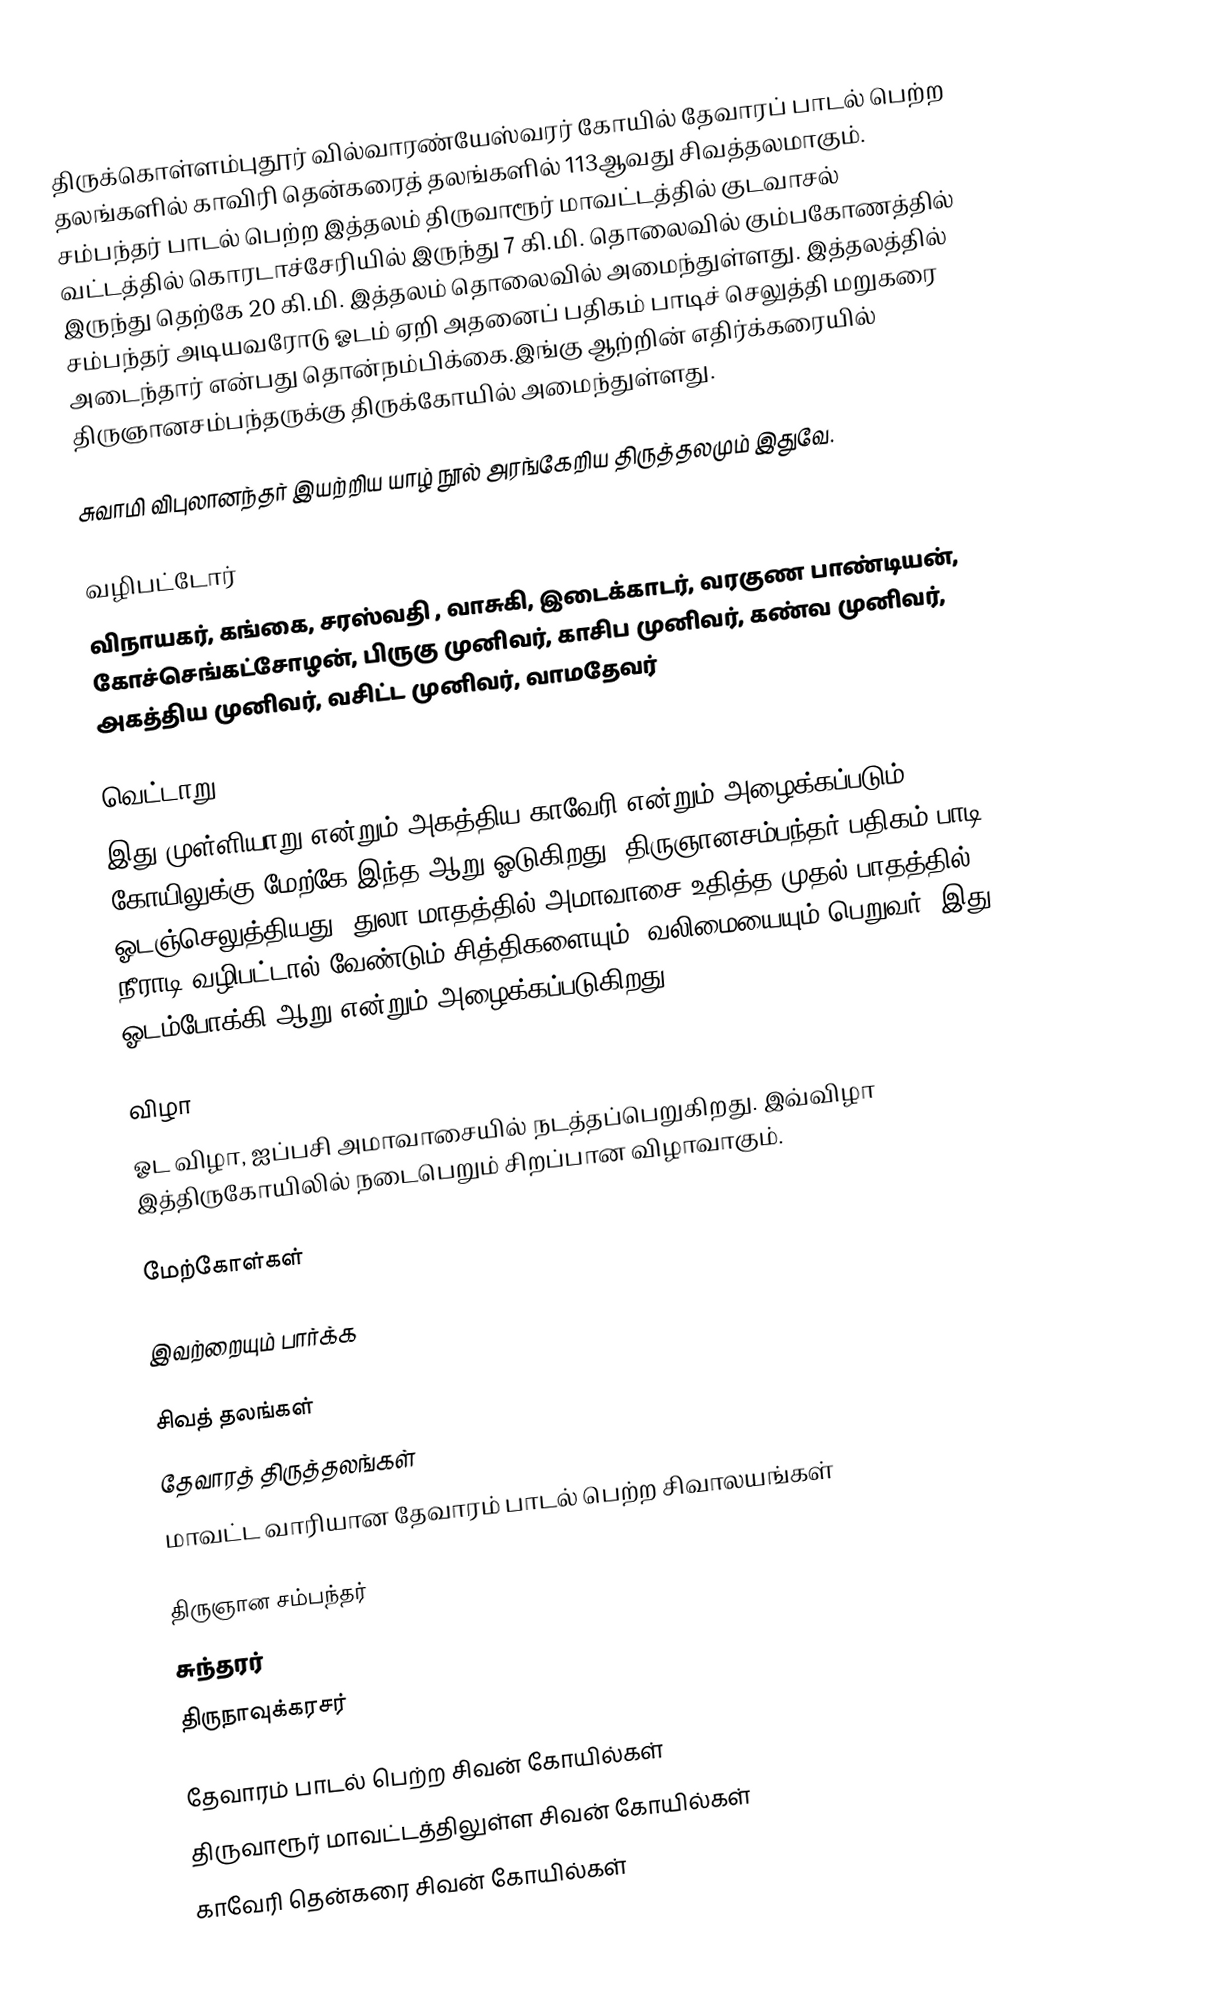
திருக்கொள்ளம்புதூர் வில்வாரண்யேஸ்வரர் கோயில் தேவாரப் பாடல் பெற்ற தலங்களில் காவிரி தென்கரைத் தலங்களில் 113ஆவது சிவத்தலமாகும். சம்பந்தர் பாடல் பெற்ற இத்தலம் திருவாரூர் மாவட்டத்தில் குடவாசல் வட்டத்தில் கொரடாச்சேரியில் இருந்து 7 கி.மி. தொலைவில் கும்பகோணத்தில் இருந்து தெற்கே 20 கி.மி. இத்தலம் தொலைவில் அமைந்துள்ளது. இத்தலத்தில் சம்பந்தர் அடியவரோடு ஓடம் ஏறி அதனைப் பதிகம் பாடிச் செலுத்தி மறுகரை அடைந்தார் என்பது தொன்நம்பிக்கை.இங்கு ஆற்றின் எதிர்க்கரையில் திருஞானசம்பந்தருக்கு திருக்கோயில் அமைந்துள்ளது.

சுவாமி விபுலானந்தர் இயற்றிய யாழ் நூல் அரங்கேறிய திருத்தலமும் இதுவே.

வழிபட்டோர்
விநாயகர், கங்கை, சரஸ்வதி , வாசுகி, இடைக்காடர், வரகுண பாண்டியன், கோச்செங்கட்சோழன், பிருகு முனிவர், காசிப முனிவர், கண்வ முனிவர், அகத்திய முனிவர், வசிட்ட முனிவர், வாமதேவர்

வெட்டாறு
இது முள்ளியாறு என்றும் அகத்திய காவேரி என்றும் அழைக்கப்படும். கோயிலுக்கு மேற்கே இந்த ஆறு ஓடுகிறது. திருஞானசம்பந்தர் பதிகம் பாடி ஓடஞ்செலுத்தியது. துலா மாதத்தில் அமாவாசை உதித்த முதல் பாதத்தில் நீராடி வழிபட்டால் வேண்டும் சித்திகளையும், வலிமையையும் பெறுவர். இது ஓடம்போக்கி ஆறு என்றும் அழைக்கப்படுகிறது.

விழா
ஓட விழா, ஐப்பசி அமாவாசையில் நடத்தப்பெறுகிறது. இவ்விழா இத்திருகோயிலில் நடைபெறும் சிறப்பான விழாவாகும்.

மேற்கோள்கள்

இவற்றையும் பார்க்க

 சிவத் தலங்கள்
 தேவாரத் திருத்தலங்கள்
 மாவட்ட வாரியான தேவாரம் பாடல் பெற்ற சிவாலயங்கள்

 திருஞான சம்பந்தர்
 சுந்தரர்
 திருநாவுக்கரசர்

தேவாரம் பாடல் பெற்ற சிவன் கோயில்கள்
திருவாரூர் மாவட்டத்திலுள்ள சிவன் கோயில்கள்
காவேரி தென்கரை சிவன் கோயில்கள்